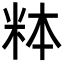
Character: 𬖓